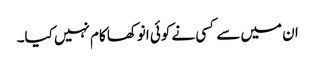
ان میں سے کسی نے کوئی انوکھا کام نہیں کیا۔